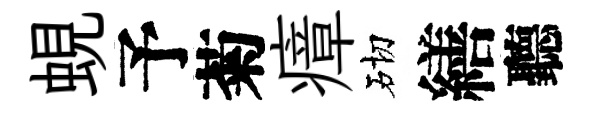
蜆予菊瘴砌繕聽